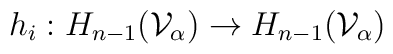
h_i: H_{n-1}({\cal V}_{\alpha}) \rightarrow  H_{n-1}({\cal V}_{\alpha})